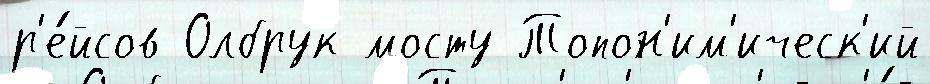
р'е́йсов Олбрук мосту Топон'им'ическ'ий